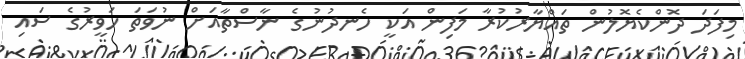
މިފަދަ ދޮންކެޔޮލުން ތައްޔާރުކުރާ މަފިން އަކީ ހެނދުނުގެ ނާސްތާއަށް ނުވަތަ ހަވީރުގެ ސައި